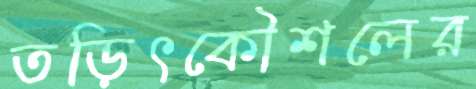
তড়িৎকৌশলের